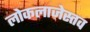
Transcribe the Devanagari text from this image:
लोकलाजेस्तव